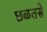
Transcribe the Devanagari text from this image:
छळतसे